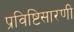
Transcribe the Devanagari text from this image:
प्रविष्टिसारणी